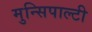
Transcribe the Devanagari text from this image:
मुन्सिपाल्टी